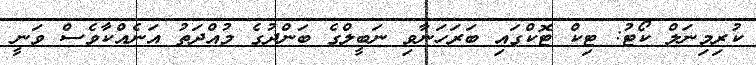
ކުރިމިނަލް ކޯޓު: ޓިކް ޓޮކްގައި ބަރަހަނާވި ނަބީލްގެ ބަންދުގެ މުއްދަތު އަނެއްކާވެސް ވަނީ